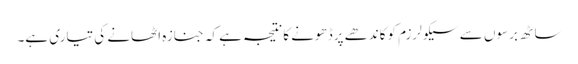
ساٹھ برسوں سے سیکولرزم کوکاندھے پرڈھونے کانتیجہ ہے کہ جنازہ اٹھانے کی تیاری ہے۔